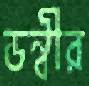
ডন্বীর